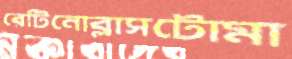
রেটিনোব্লাসটোমা